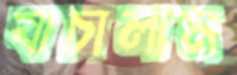
যাচালাম